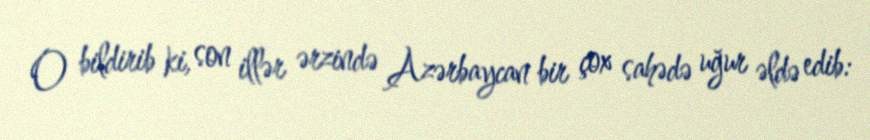
O bildirib ki, son illər ərzində Azərbaycan bir çox sahədə uğur əldə edib: